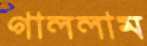
গাললাম